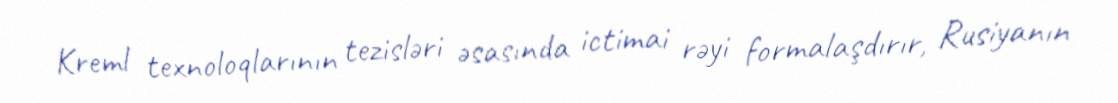
Kreml texnoloqlarının tezisləri əsasında ictimai rəyi formalaşdırır, Rusiyanın